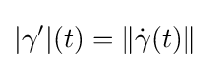
|\gamma '|(t)=\|{\dot {\gamma }}(t)\|